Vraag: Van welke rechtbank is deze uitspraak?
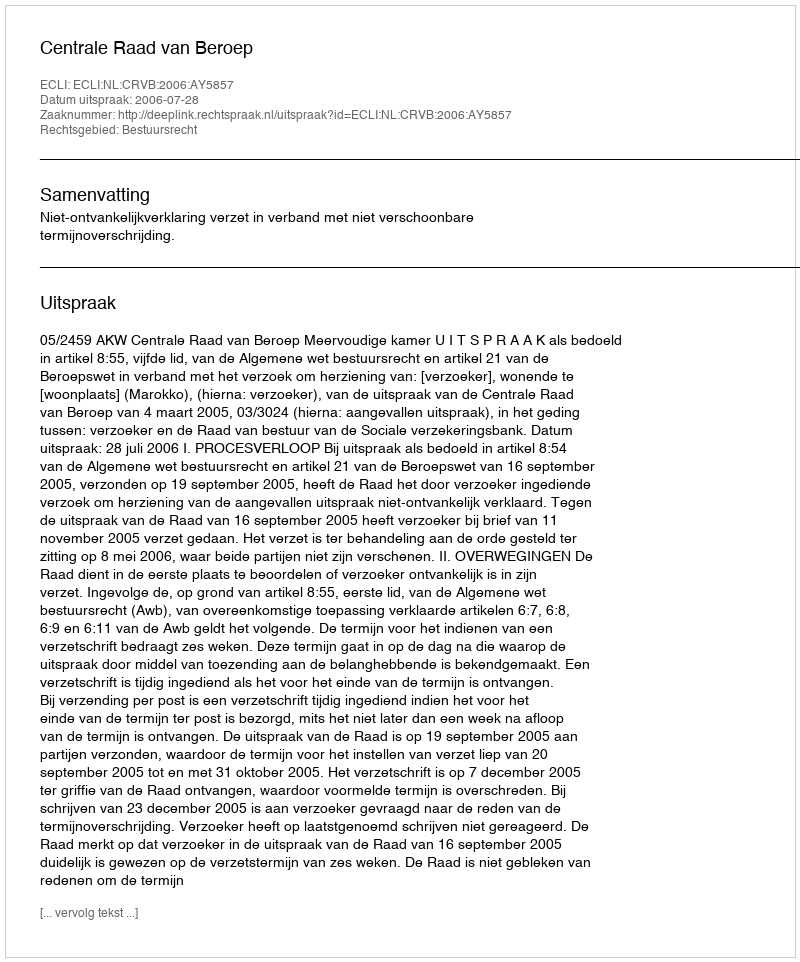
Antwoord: Centrale Raad van Beroep